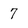
Character: 7